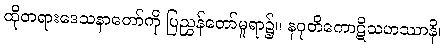
ထိုတရားဒေသနာတော်ကို ပြညွှန်တော်မူရာ၌။ နဝုတိကောဋိသဟဿာနိ၊